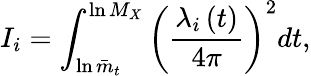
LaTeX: I_{i}=\int_{\ln\bar{m}_{t}}^{\ln{M_{X}}}\left(\frac{\lambda_{i}\left(t\right)}{4\pi}\right)^{2}dt,